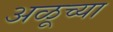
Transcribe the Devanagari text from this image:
अळूच्या